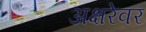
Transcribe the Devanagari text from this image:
अक्षरेवर